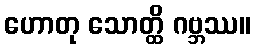
ဟောတု သောတ္ထိ ဂဗ္ဘဿ။